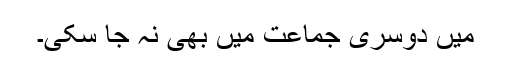
میں دوسری جماعت میں بھی نہ جا سکی۔